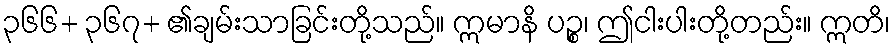
၃၆၆+ ၃၆၇+ ၏ချမ်းသာခြင်းတို့သည်။ ဣမာနိ ပဉ္စ၊ ဤငါးပါးတို့တည်း။ ဣတိ၊